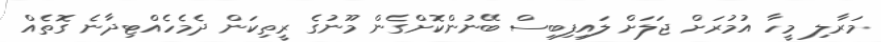
މަރާލި މީހާ އުމުރަށް ޖަލަށް ލައިފިބިސް ބޭނުންކޮށްގެން މޫނުގެ ރީތިކަން ދެމެހެއްޓިދާނެ ގޮތެއް